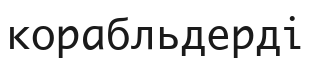
корабльдерді